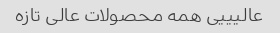
عالیییی همه محصولات عالی تازه